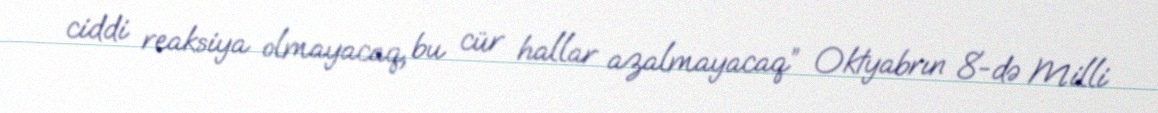
ciddi reaksiya olmayacaq, bu cür hallar azalmayacaq” Oktyabrın 8-də Milli